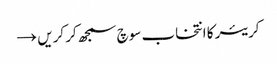
کریئر کا انتخاب سوچ سمجھ کر کریں →